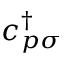
c _ { p \sigma } ^ { \dagger }